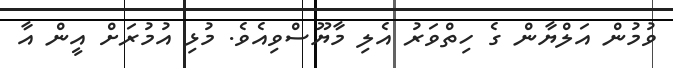
ވުމުން އަލްޔާން ގެ ހިތްވަރު އެލި މާޔޫސްވިއެވެ. މުޅި އުމުރަށް އީން އާ